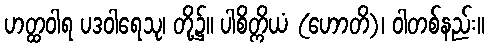
ဟတ္ထဝါရ ပဒဝါရေသု၊ တို့၌။ ပါစိတ္ကိယံ (ဟောတိ)၊ ဝါတစ်နည်း။